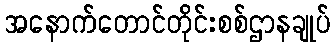
အနောက်တောင်တိုင်းစစ်ဌာနချုပ်